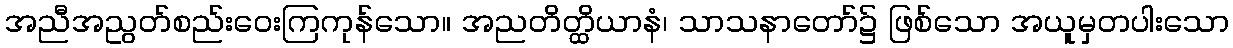
အညီအညွတ်စည်းဝေးကြကုန်သော။ အညတိတ္ထိယာနံ၊ သာသနာတော်၌ ဖြစ်သော အယူမှတပါးသော